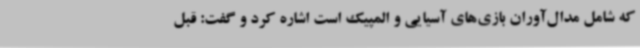
که شامل مدال‌آوران بازی‌های آسیایی و المپیک است اشاره کرد و گفت: قبل